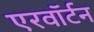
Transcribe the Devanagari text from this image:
एरवॉर्टन